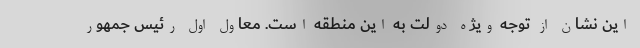
این نشان از توجه ویژه دولت به این منطقه است. معاول اول رئیس جمهور